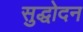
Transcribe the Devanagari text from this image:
सुद्धोदन